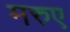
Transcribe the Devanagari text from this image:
मरुए